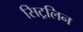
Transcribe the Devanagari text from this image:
सिट्रलिन